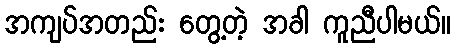
အကျပ်အတည်း တွေ့တဲ့ အခါ ကူညီပါမယ်။